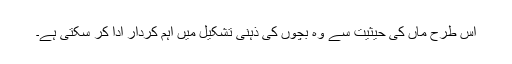
اس طرح ماں کی حیثیت سے وہ بچوں کی ذہنی تشکیل میں اہم کردار ادا کر سکتی ہے۔